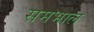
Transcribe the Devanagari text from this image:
समभाल